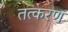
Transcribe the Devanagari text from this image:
तत्करण